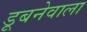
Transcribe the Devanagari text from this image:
डूबनेवाला